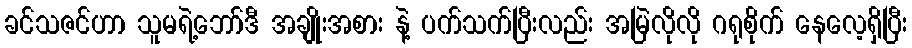
ခင်သဇင်ဟာ သူမရဲ့ဘော်ဒီ အချိုးအစား နဲ့ ပက်သက်ပြီးလည်း အမြဲလိုလို ဂရုစိုက် နေလေ့ရှိပြီး